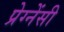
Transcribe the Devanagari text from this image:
प्रेग्नेंसी